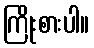
ကြိုးစားပါ။